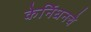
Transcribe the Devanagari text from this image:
केर्निघनचे